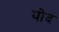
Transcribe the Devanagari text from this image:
योद